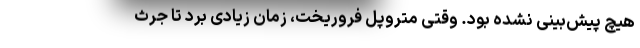
هیچ پیش‌بینی نشده بود. وقتی متروپل فروریخت، زمان زیادی برد تا جرث